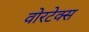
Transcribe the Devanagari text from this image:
वोरटेक्स